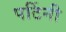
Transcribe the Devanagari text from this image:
पटिंनी